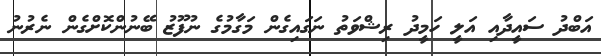
އަބްދު ސައީދާއި އަލީ ހަމީދު ރިޝްވަތު ނަގައިގެން މަގާމުގެ ނުފޫޒު ބޭނުންކޮށްގެން ނެރުނު